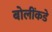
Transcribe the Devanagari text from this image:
बोलींकडे